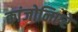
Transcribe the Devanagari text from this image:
कांजोनिएरे